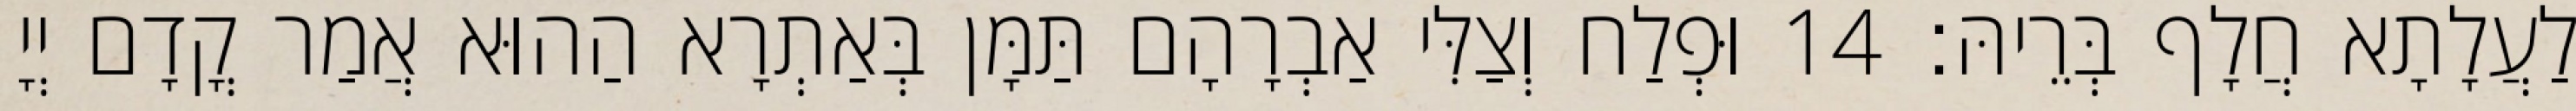
לַעֲלָתָא חֲלָף בְּרֵיהּ׃ 14 וּפְלַח וְצַלִּי אַבְרָהָם תַּמָּן בְּאַתְרָא הַהוּא אֲמַר קֳדָם יְיָ